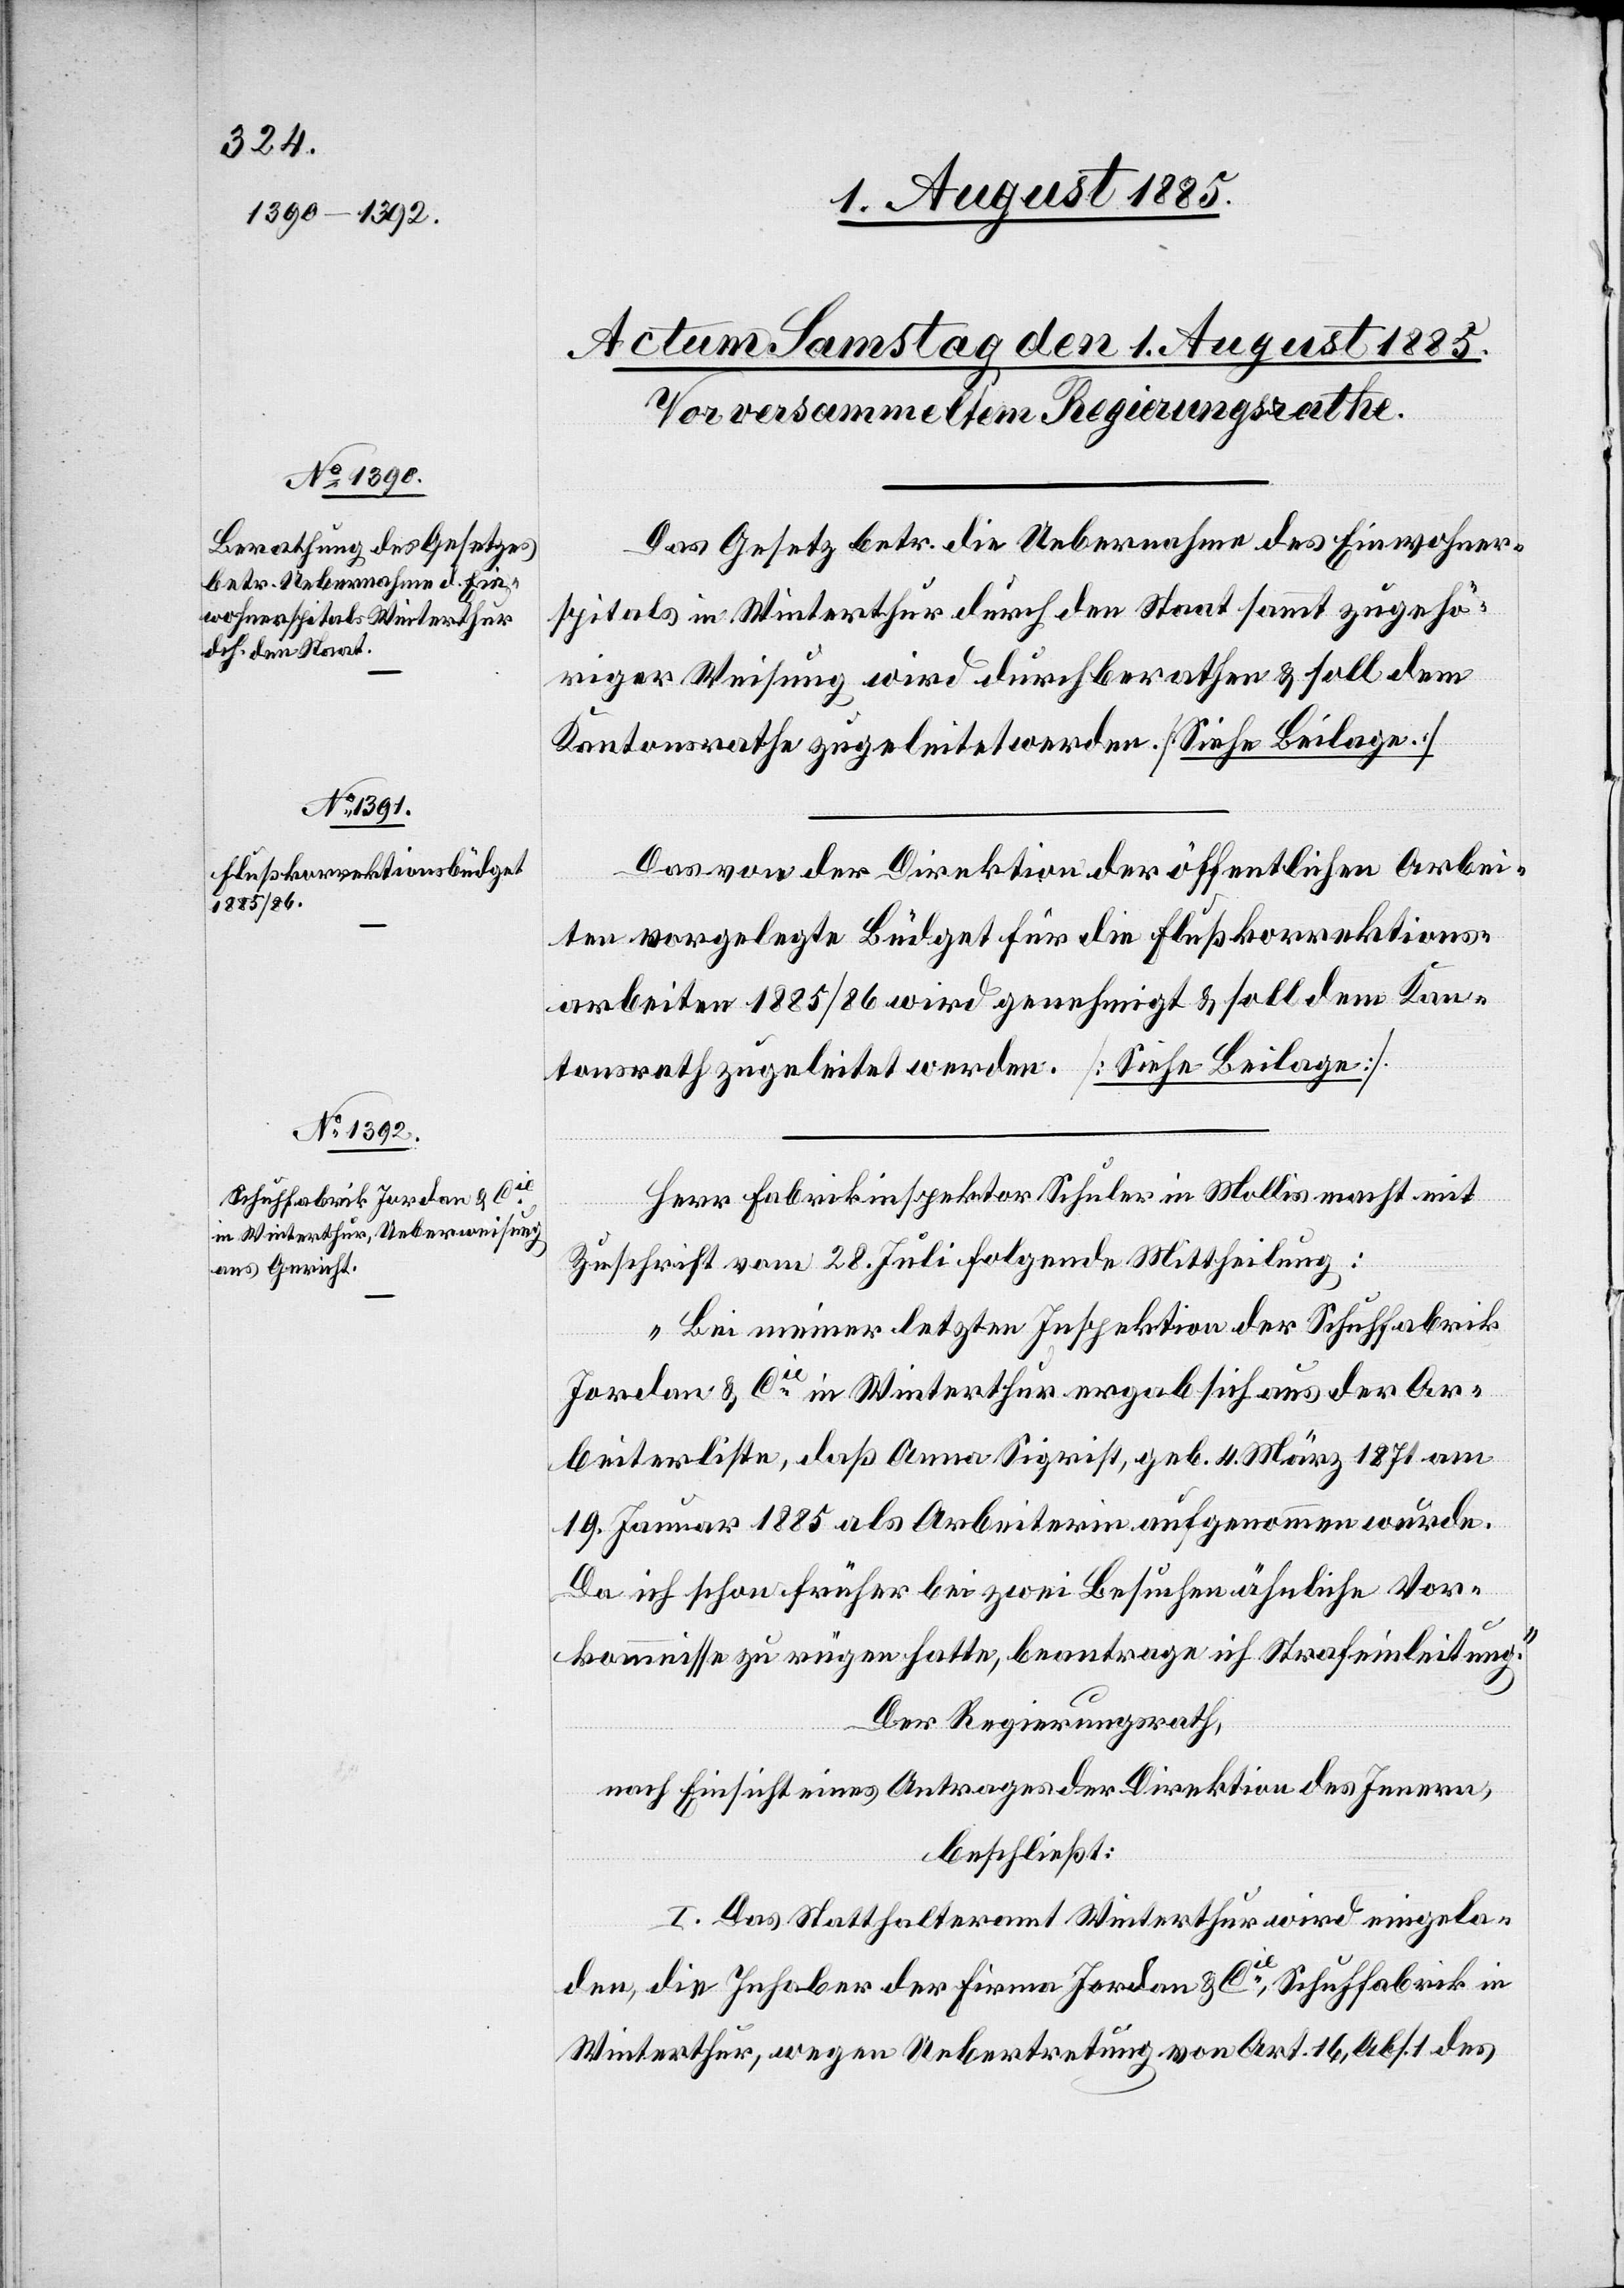
Das Gesetz betr. die Uebernahme des Einwohner¬
spitals in Winterthur durch den Staat sammt zugehö¬
riger Weisung wird durchberathen & soll dem
Kantonsrathe zugeleitet werden. [Siehe Beilagen.]
Das von der Direktion der öffentlichen Arbei¬
ten vorgelegte Büdget für die Flußkorrektions¬
arbeiten 1885/86 wird genehmigt & soll dem Kan¬
tonsrath zugleitet werden. [Siehe Beilage].
Herr Fabrikinspektor Schuler in Mollis macht mit
Zuschrift vom 28. Juli folgende Mittheilung:
„Bei meiner letzten Inspektion der Schuhfabrik
Jordan & Cie in Winterthur ergab sich aus der Ar¬
beiterliste, daß Anna Sigrist, geb. 4. März 1871 am
19. Januar 1885 als Arbeiterin aufgenommen wurde.
Da ich schon früher bei zwei Besuchen ähnliche Vor¬
kommnisse zu rügen hatte, beantrage ich Strafeinleitung.“
Der Regierungsrath,
nach Einsicht eines Antrages der Direktion des Innern,
beschließt:
I. Das Statthalteramt Winterthur wird eingela¬
den, die Inhaber der Firma Jordan & Cie, Schuhfabrik in
Winterthur, wegen Uebertretung von Art. 16, Abs. 1 des